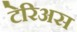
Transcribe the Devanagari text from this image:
टेरिअस